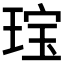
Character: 𱯄